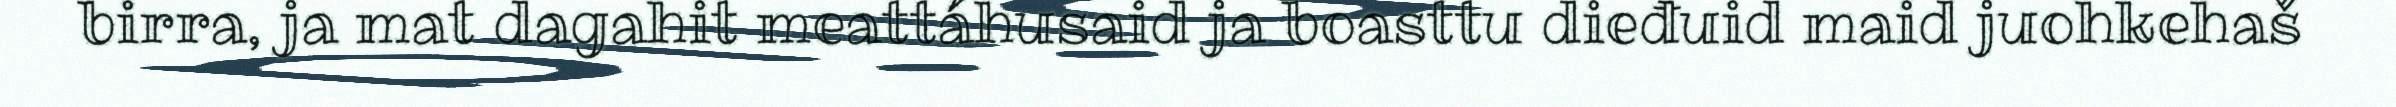
birra, ja mat dagahit meattáhusaid ja boasttu dieđuid maid juohkehaš